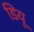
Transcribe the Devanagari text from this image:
डियू